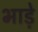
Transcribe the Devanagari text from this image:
भाडे़